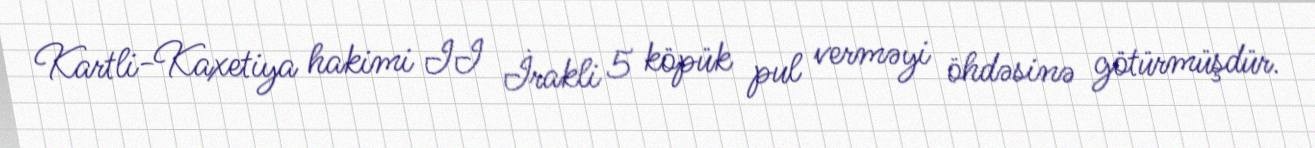
Kartli-Kaxetiya hakimi II İrakli 5 köpük pul verməyi öhdəsinə götürmüşdür.